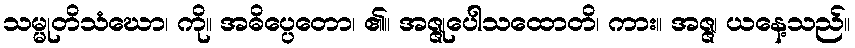
သမ္မုတိသံဃော၊ ကို။ အဓိပ္ပေတော၊ ၏။ အဇ္ဇုပေါသထောတိ၊ ကား။ အဇ္ဇ၊ ယနေ့သည်။